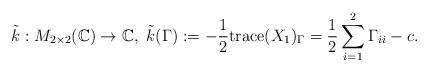
LaTeX: \begin{align*}\tilde{k}: M_{2\times 2} (\mathbb{C}) \rightarrow \mathbb{C},\ \tilde{k}(\Gamma ):= -\frac{1}{2} \mathrm{trace} (X_{1})_{\Gamma}= \frac{1}{2} \sum_{i=1}^{2} \Gamma_{ii} - c.\end{align*}